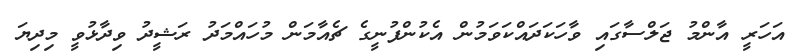
އަހަރީ އާންމު ޖަލްސާގައި ވާހަކަދައްކަވަމުން އެކުންފުނީގެ ޗެއާމަން މުހައްމަދު ރަޝީދު ވިދާޅުވީ މިދިޔަ